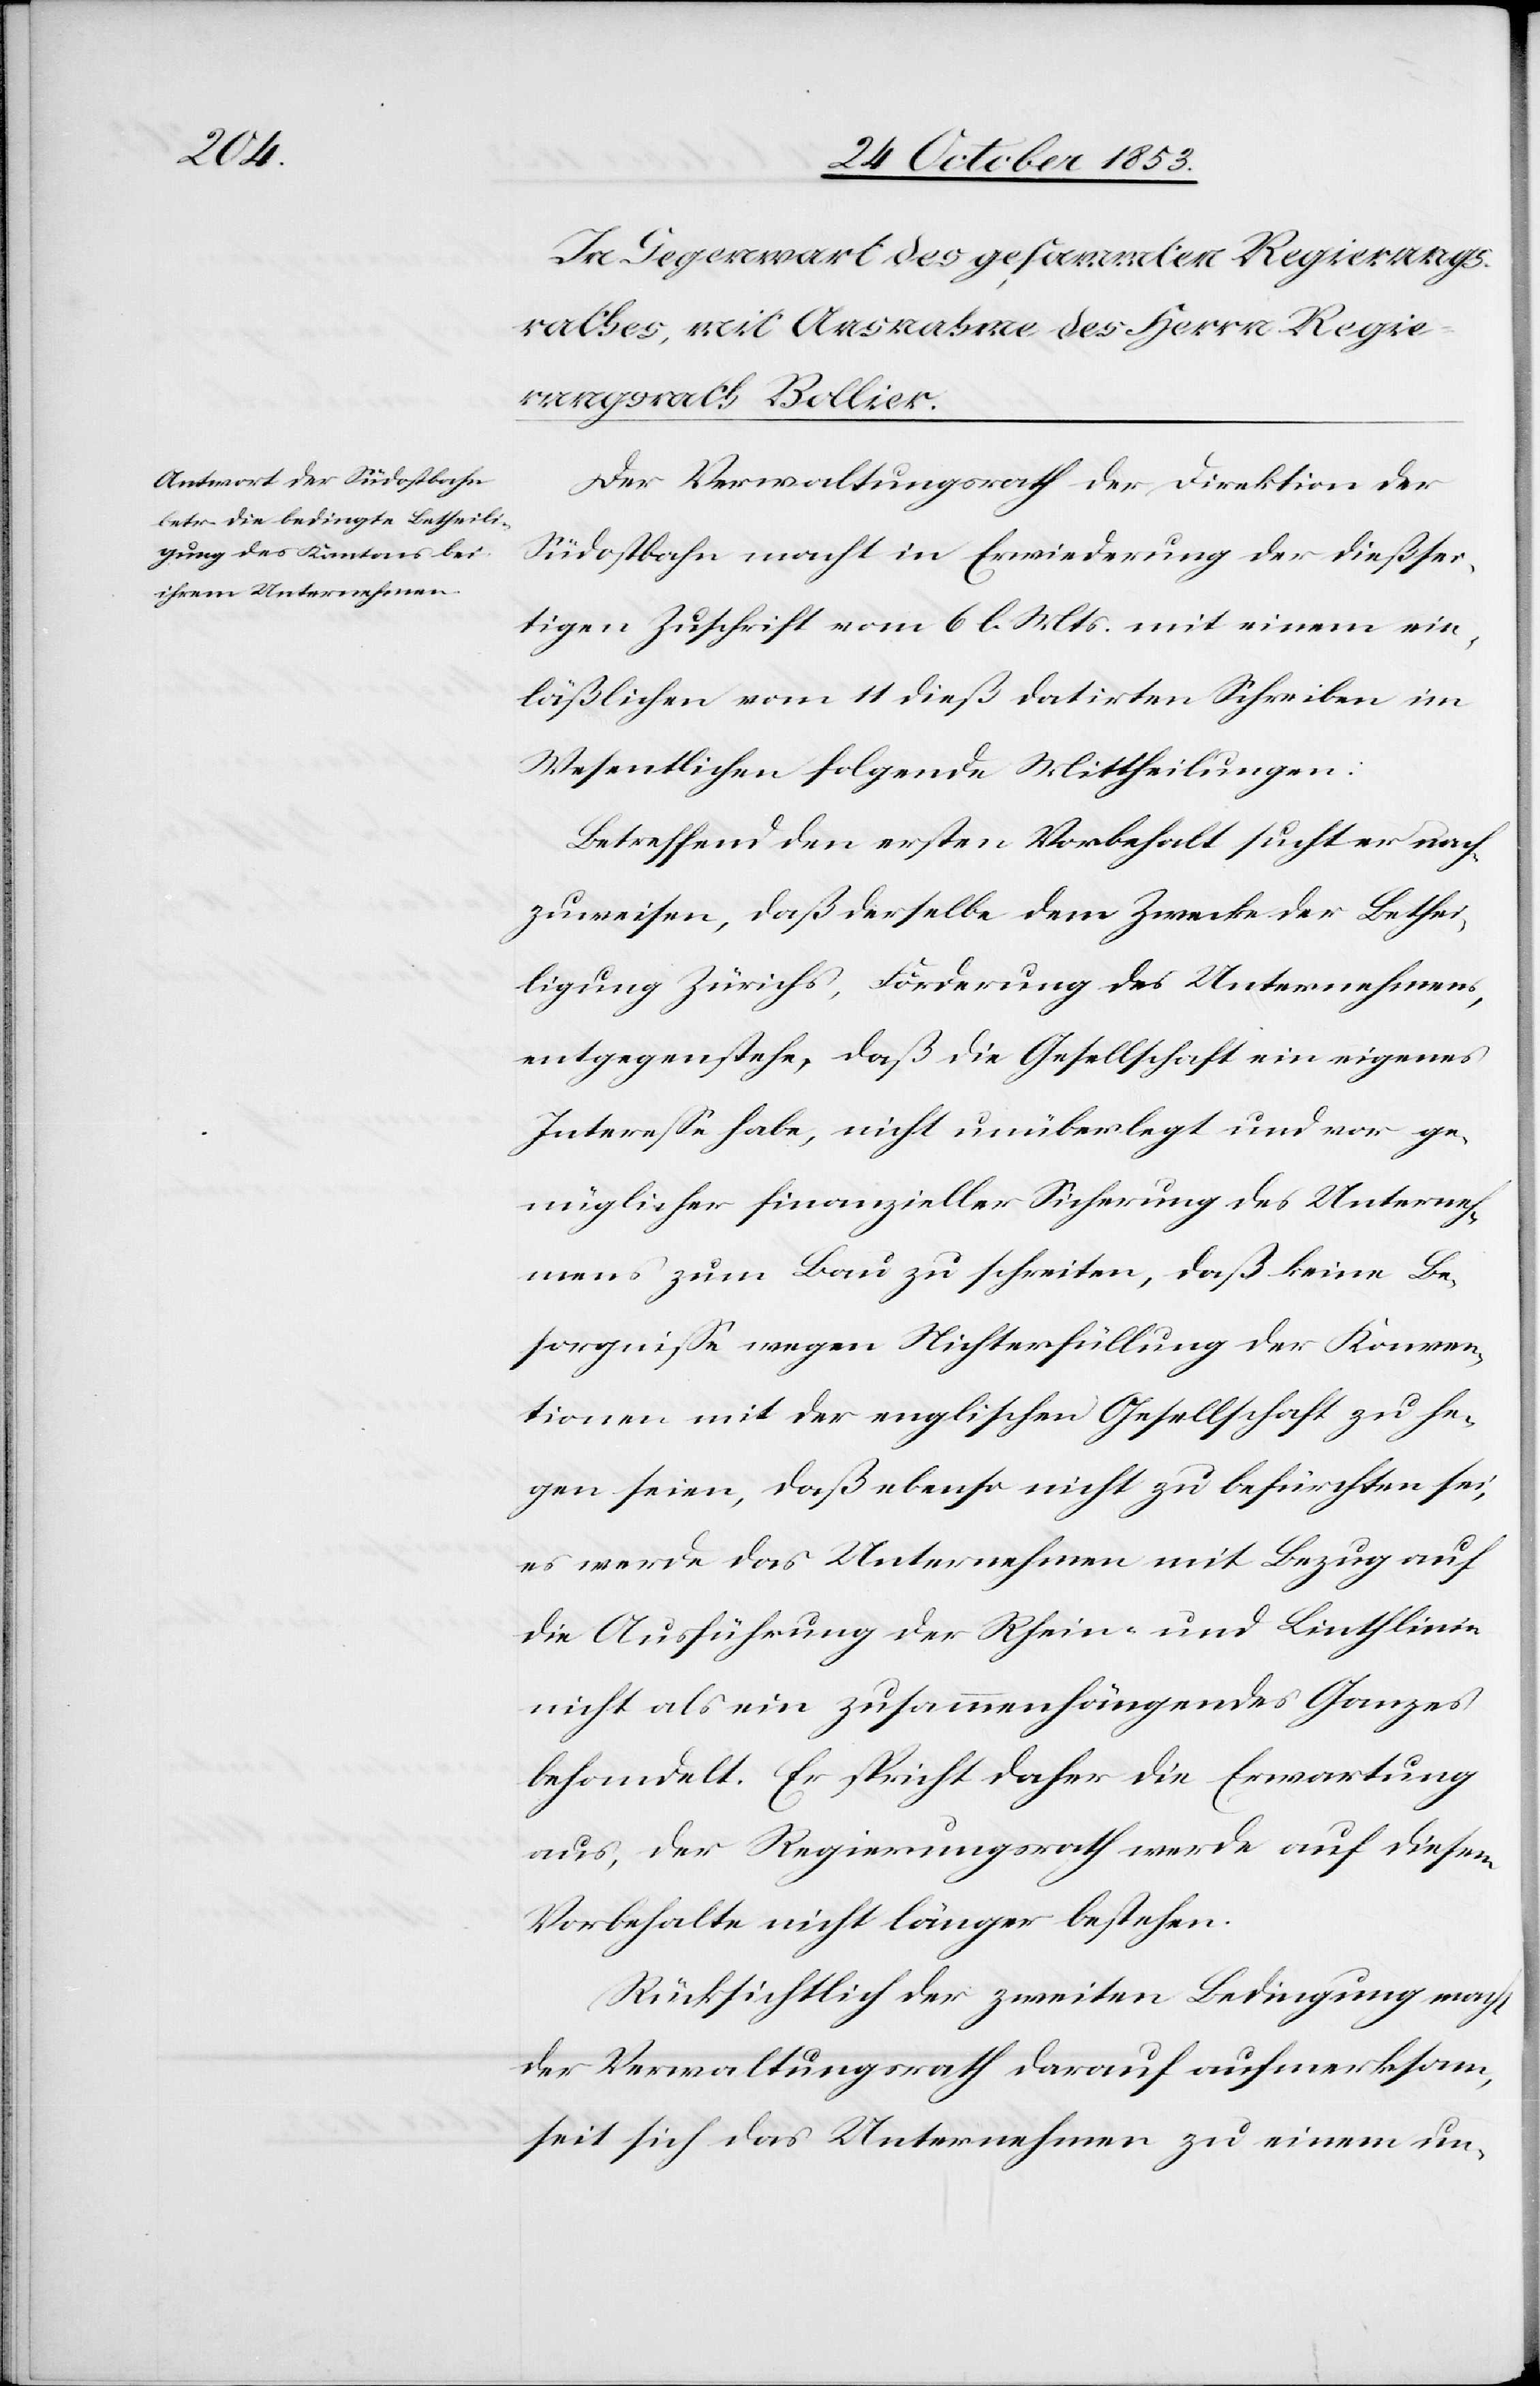
Der Verwaltungsrath der Direktion der
Südostbahn macht in Erwiederung der dießsei¬
tigen Zuschrift vom 6 l. Mts. mit einem ein¬
läßlichen vom 11 dieß datirten Schreiben im
Wesentlichen folgende Mittheilungen:
Betreffend den ersten Vorbehalt sucht er nach¬
zuweisen, daß derselbe dem Zwecke der Bethei¬
ligung Zürichs, Förderung des Unternehmens,
entgegenstehe, daß die Gesellschaft ein eigenes
Intereße habe, nicht unüberlegt und vor ge¬
nüglicher finanzieller Sicherung des Unterneh¬
mens zum Bau zu schreiten, daß keine Be¬
sorgniße wegen Nichterfüllung der Konven¬
tionen mit der englischen Gesellschaft zu he¬
gen seien, daß ebenso nicht zu befürchten sei,
es werde das Unternehmen mit Bezug auf
die Ausführung der Rhein- und Linthlinien
nicht als ein zusammenhängendes Ganzes
behandelt. Er spricht daher die Erwartung
aus, der Regierungsrath werde auf diesem
Vorbehalte nicht länger bestehen.
Rücksichtlich der zweiten Bedingung macht
der Verwaltungsrath darauf aufmerksam,
seit sich das Unternehmen zu einem un-